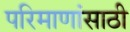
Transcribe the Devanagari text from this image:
परिमाणांसाठी